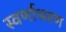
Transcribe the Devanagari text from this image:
स्वर्णाभरण